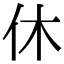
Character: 休